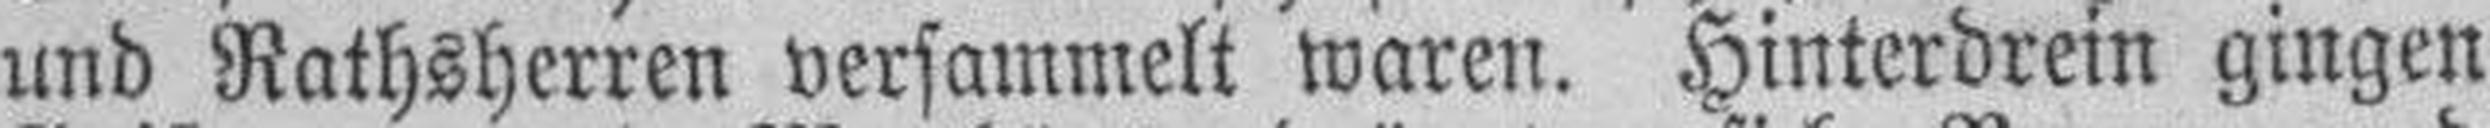
und Rathsherren versammelt waren. Hinterdrein gingen